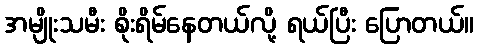
အမျိုးသမီး စိုးရိမ်နေတယ်လို့ ရယ်ပြီး ပြောတယ်။